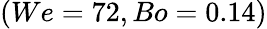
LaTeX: (We=72,Bo=0.14)